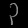
Digit: ၃